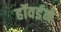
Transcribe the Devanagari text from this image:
हॉवर्डने